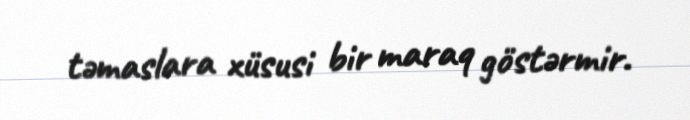
təmaslara xüsusi bir maraq göstərmir.